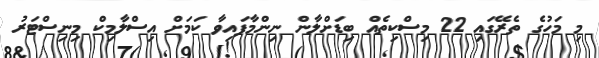
މި މަހުގެ ތެރޭގައި 22 މިސްކިތެއް ބިޑަށްލާން ނިންމާފައިވާ ކަމަށް އިސްލާމިކް މިނިސްޓަރު